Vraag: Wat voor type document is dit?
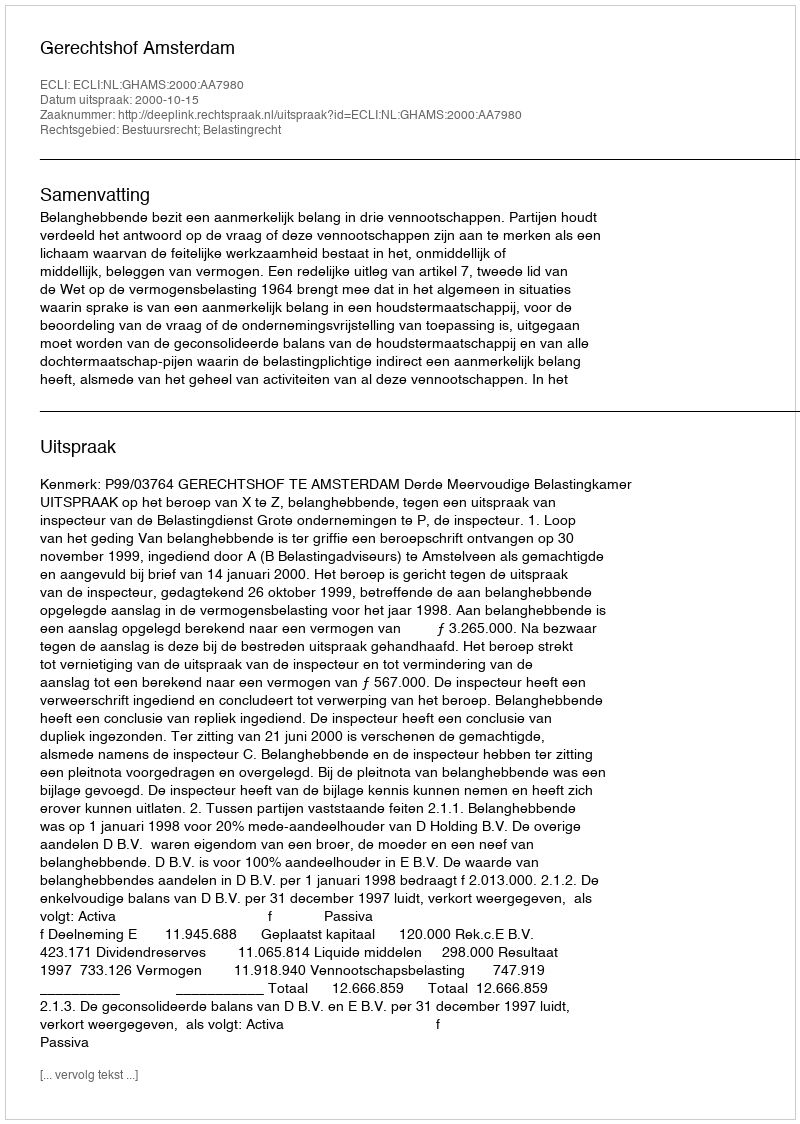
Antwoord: Uitspraak